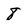
Character: 8